Lunatic asylums Burma 1907-21 - 1907-1921
Year: 1907
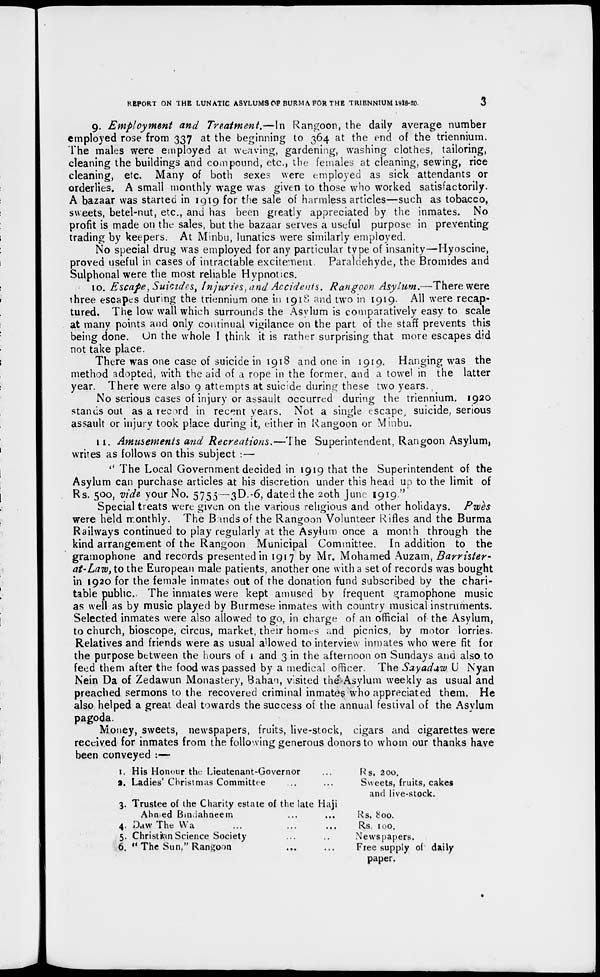
REPORT ON THE LUNATIC ASYLUMS OF BURMA FOR THE TRIENNIUM 1918-20.
3
9. Employment and Treatment.—In Rangoon, the daily average number
employed rose from 337 at the beginning to 364 at the end of the triennium.
The males were employed at weaving, gardening, washing clothes, tailoring,
cleaning the buildings and compound, etc., the females at cleaning, sewing, rice
cleaning, etc. Many of both sexes were employed as sick attendants or
orderlies. A small monthly wage was given to those who worked satisfactorily.
A bazaar was started in 1919 for the sale of harmless articles—such as tobacco,
sweets, betel-nut, etc., and has been greatly appreciated by the inmates. No
profit is made on the sales, but the bazaar serves a useful purpose in preventing
trading by keepers. At Minbu, lunatics were similarly employed.
No special drug was employed for any particular type of insanity—Hyoscine,
proved useful in cases of intractable excitement
Paraldehyde, the Bromides and
Sulphonal were the most reliable Hypnotics.
10. Escape, Suicides, Injuries,and Accidents, Rangoon Asylum.—There were
three escapes during the triennium one in 1918 and two in 1919. All were recap-
tured. The low wall which surrounds the Asylum is comparatively easy to scale
at many points and only continual vigilance on the part of the staff prevents this
being done. On the whole I think it is rather surprising that more escapes did
not take place.
There was one case of suicide in 1918 and one in 1919. Hanging was the
method adopted, with the aid of a rope in the former, and a towel in the latter
year. There were also 9 attempts at suicide during these two years.,
No serious cases of injury or assault occurred during the triennium. 1920
stands out as a record in recent years. Not a single escape, suicide, serious
assault or injury took place during it, either in Rangoon or Minbu.
11. Amusements and Recreations.—The
Superintendent, Rangoon Asylum,
writes as follows on this subject :—
" The Local Government decided in 1919 that the Superintendent of the
Asylum can purchase articles at his discretion under this head up to the limit of
Rs. 500, vide your No. 5755—3D.-6, dated the 20th June 1919 "
Special treats were given on the various religious and other holidays. Pwès
were held monthly. The Bands of the Rangoon Volunteer Rifles and the Burma
Railways continued to play regularly at the Asylum once a month through the
kind arrangement of the Rangoon Municipal Committee. In addition to the
gramophone and records presented in 1917 by Mr. Mohamed Auzam, Barrister-
at-Law, to the European male patients, another one with a set of records was bought
in 1920 for the female inmates out of the donation fund subscribed by the chari-
table public. The inmates were kept amused by frequent gramophone music
as well as by music played by Burmese inmates with country musical instruments.
Selected inmates were also allowed to go, in charge of an official of the Asylum,
to church, bioscope, circus, market, their homes and picnics, by motor lorries.
Relatives and friends were as usual allowed to interview inmates who were fit for
the purpose between the hours of 1 and 3 in the afternoon on Sundays and also to
feed them after the food was passed by a medical officer. The Sayadaw U Nyan
Nein Da of Zedawun Monastery, Bahan, visited the Asylum weekly as usual and
preached sermons to the recovered criminal inmates who appreciated them. He
also helped a great deal towards the success of the annual festival of the Asylum
pagoda.
Money, sweets, newspapers, fruits, live-stock, cigars and cigarettes were
received for inmates from the following generous donors to whom our thanks have
been conveyed :—
1.
2.
3.
4.
5.
6.
His Honour the Lieutenant-Governor
Ladies'Christmas Committee
Trustee of the Charity estate of the late Haji
Ahmed Bandahneem
Daw The Wa ...
Christian Science Society
" The Sun," Rangoon
Rs, 200.
Sweets, fruits, cakes
and live-stock.
Rs. 800.
Rs, 100.
Newspapers.
Free supply of daily
paper.